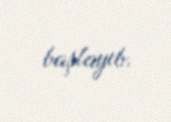
başlayıb.